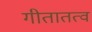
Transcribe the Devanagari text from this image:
गीतातत्व